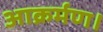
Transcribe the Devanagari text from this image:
आक्रर्मण।